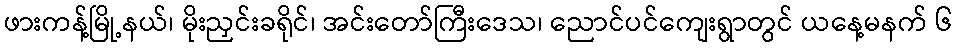
ဖားကန့်မြို့နယ်၊ မိုးညှင်းခရိုင်၊ အင်းတော်ကြီးဒေသ၊ ညောင်ပင်ကျေးရွာတွင် ယနေ့မနက် ၆